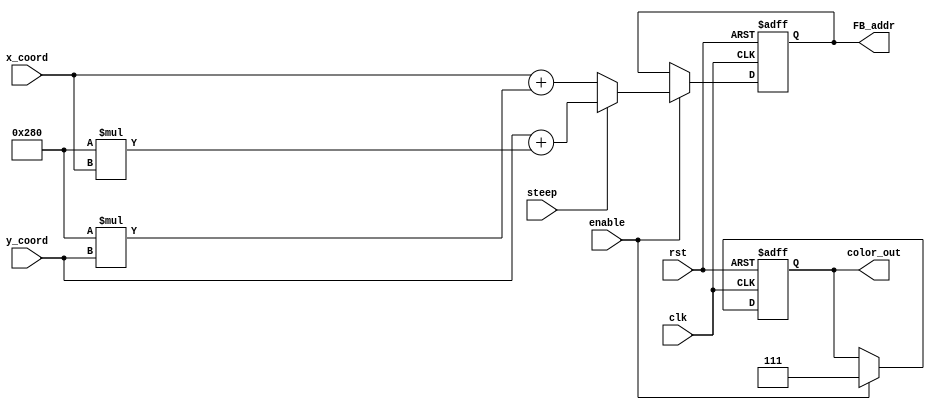
// Framebuffer addr generator
// Algorithm :: implementing the following
/*
if (steep) {
			frame_buffer.at<Vec3b>(x, y)[0] = color[0];
			frame_buffer.at<Vec3b>(x, y)[1] = color[1];
			frame_buffer.at<Vec3b>(x, y)[2] = color[2];
		}
		else {
			frame_buffer.at<Vec3b>(y, x)[0] = color[0];
			frame_buffer.at<Vec3b>(y, x)[1] = color[1];
			frame_buffer.at<Vec3b>(y, x)[2] = color[2];
		}
*/
// assuming rendering resolution of 640x480
// unit type :: sequential

module FB_addr_col_gen
#(parameter WIDTH=13)
// input signals
(clk, rst, enable, steep,x_coord, y_coord, 
// output signals
FB_addr, color_out
);
input clk, rst, enable, steep;
input [WIDTH-1:0] x_coord, y_coord;
output reg [2:0] color_out;
output reg [18:0] FB_addr;

always @(posedge clk or posedge rst)
begin
	if(rst) begin
		FB_addr   <= 0;
		color_out   <= 0;
	end
	else if(enable) begin
		color_out   <= 3'b111;
		// 10'b1010000000 >> 640
		if(!steep) FB_addr <= x_coord + 10'b1010000000*y_coord;
		else FB_addr <= y_coord + 10'b1010000000*x_coord;
	end

end
endmodule